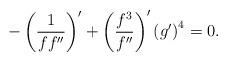
LaTeX: \begin{align*}-\left( \dfrac{1}{ff^{\prime \prime }}\right) ^{\prime }+\left( \frac{f^{3}}{f^{\prime \prime }}\right) ^{\prime }\left( g^{\prime }\right) ^{4}=0. \end{align*}